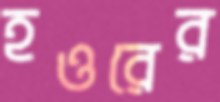
হওরের